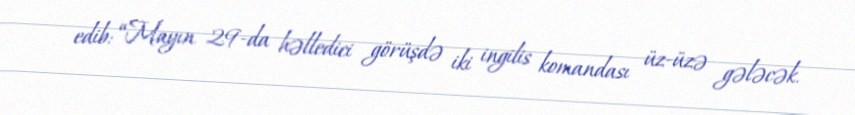
edib: “Mayın 29-da həlledici görüşdə iki ingilis komandası üz-üzə gələcək.